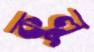
কুলু